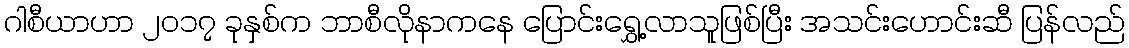
ဂါစီယာဟာ ၂၀၁၇ ခုနှစ်က ဘာစီလိုနာကနေ ပြောင်းရွှေ့လာသူဖြစ်ပြီး အသင်းဟောင်းဆီ ပြန်လည်